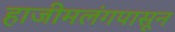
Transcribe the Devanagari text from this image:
हाजीमलंगपासून